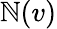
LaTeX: \mathbb{N}(v)